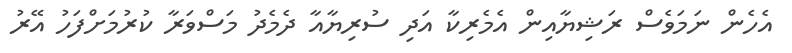
އެހެން ނަމަވެސް ރަޝިޔާއިން އެމެރިކާ އަދި ސުރިޔާއާ ދެމެދު މަސްވަރާ ކުރުމަށްފަހު އޭރު